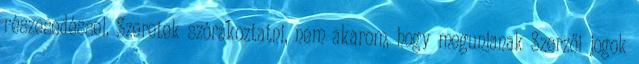
részesedéssel. Szeretek szórakoztatni, nem akarom, hogy megunjanak Szerzői jogok